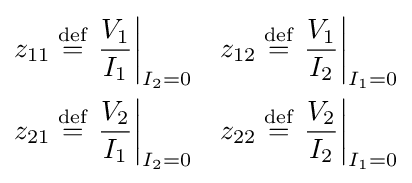
{\begin{aligned}z_{11}&\mathrel {\stackrel {\text{def}}{=}} \left.{\frac {V_{1}}{I_{1}}}\right|_{I_{2}=0}&z_{12}&\mathrel {\stackrel {\text{def}}{=}} \left.{\frac {V_{1}}{I_{2}}}\right|_{I_{1}=0}\\z_{21}&\mathrel {\stackrel {\text{def}}{=}} \left.{\frac {V_{2}}{I_{1}}}\right|_{I_{2}=0}&z_{22}&\mathrel {\stackrel {\text{def}}{=}} \left.{\frac {V_{2}}{I_{2}}}\right|_{I_{1}=0}\end{aligned}}